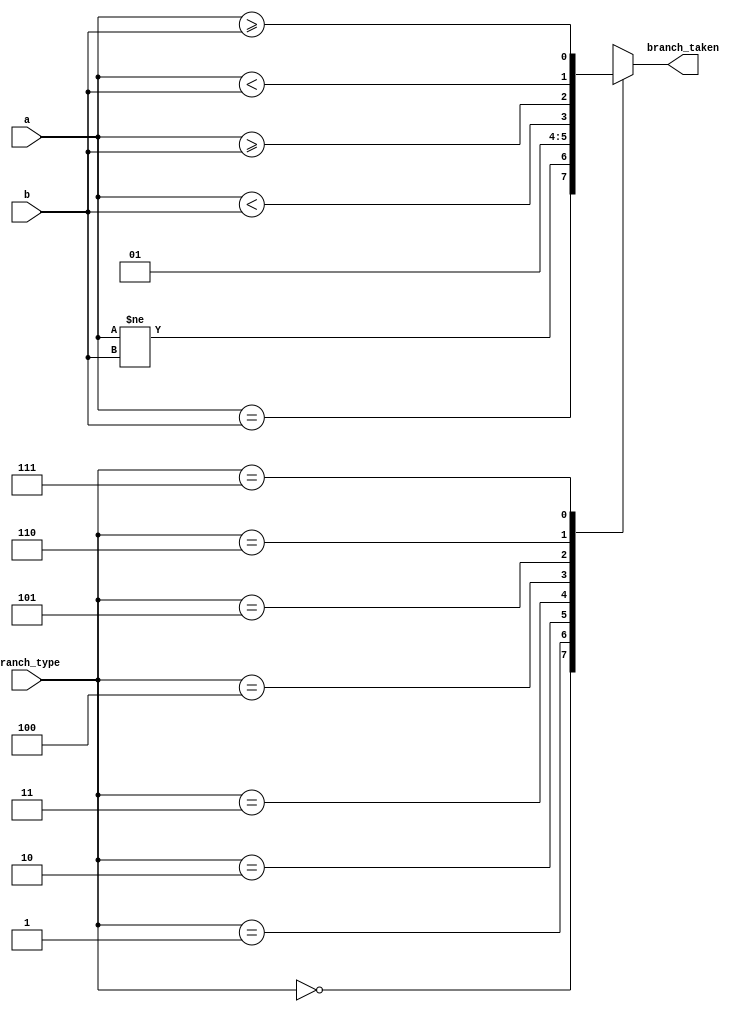
`timescale 1ns / 1ps
//////////////////////////////////////////////////////////////////////////////////
// Company: 
// Engineer: 
// 
// Design Name: 
// Module Name: branch_determining_unit
// Project Name: 
// Target Devices: 
// Tool Versions: 
// Description: 
// 
// Dependencies: 
// 
// Revision:
// Revision 0.01 - File Created
// Additional Comments:
// 
//////////////////////////////////////////////////////////////////////////////////


module branch_determining_unit(
    input [31:0] a,b,
    input [2:0] branch_type,
    output reg branch_taken
    );
    
    always@(*)begin
    case(branch_type)
    3'b000: branch_taken <= (a==b);         //beq
    3'b001: branch_taken <= (a!=b);         //bne
    3'b010: branch_taken <= 0;              //no jump
    3'b011: branch_taken <= 1;              //jal and jalr instruction
    3'b100: branch_taken <= ($signed(a) < $signed(b));         //blt
    3'b101: branch_taken <= ($signed(a) >= $signed(b));        //bge
    3'b110: branch_taken <= (a < b);         //bltu
    3'b111: branch_taken <= (a >= b);        //bgeu
    default: branch_taken <= 0;
    endcase
    end
    
endmodule